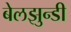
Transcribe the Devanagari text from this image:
बेलझुन्डी